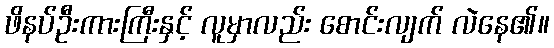
ဖိနပ်ဦးကားကြီးနှင့် လူမှာလည်း စောင်းလျက် လဲနေ၏။